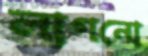
লাগনো